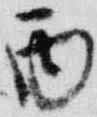
丙